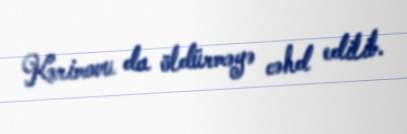
Kərimovu da öldürməyə cəhd edilib.